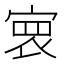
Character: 𡩑